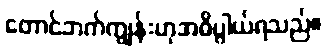
တောင်ဘက်ကျွန်းဟုအဓိပ္ပါယ်ရသည်။